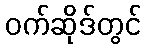
ဝက်ဆိုဒ်တွင်